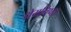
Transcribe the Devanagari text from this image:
धेयनिष्ठा